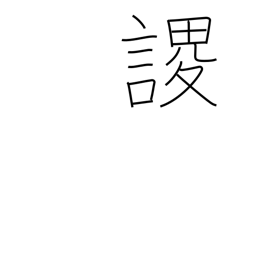
Meaning: arise